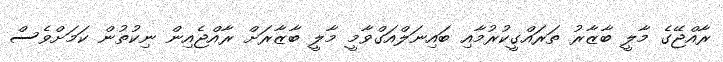
ރާއްޖޭގެ މާލީ ބާޒާރު ތަރައްގީކުރުމާއި ބައިނަލްއަގްވާމީ މާލީ ބާޒާރަށް ރާއްޖެއިން ނިކުތުން ކަމަށްވެސް